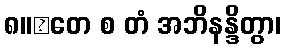
၈။	တေ စ တံ အဘိနန္ဒိတွာ၊